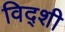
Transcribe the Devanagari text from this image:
विद्शी